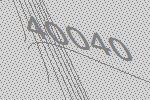
40040